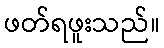
ဖတ်ရဖူးသည်။